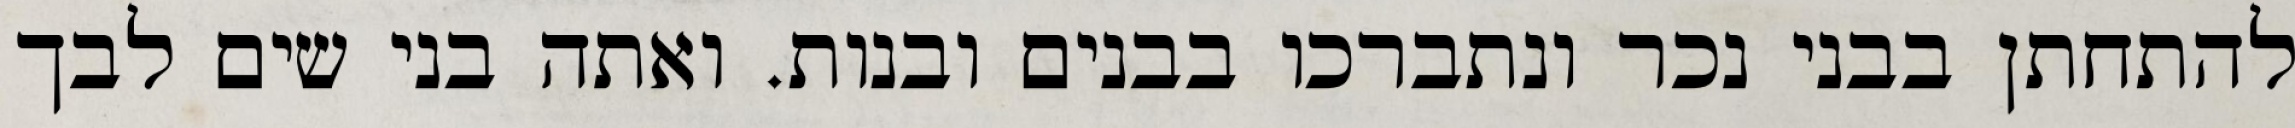
להתחתן בבני נכר ונתברכו בבנים ובנות. ואתה בני שים לבך